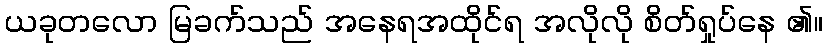
ယခုတလော မြခက်သည် အနေရအထိုင်ရ အလိုလို စိတ်ရှုပ်နေ ၏။